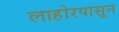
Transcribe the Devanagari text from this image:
लाहोरपासून